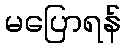
မပြောရန်